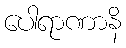
ပေါရာဏာနိ